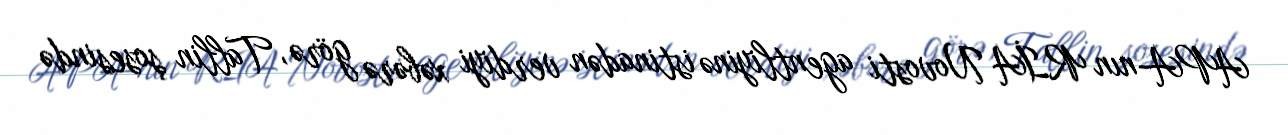
APA-nın RİA Novosti agentliyinə istinadən verdiyi xəbərə görə, Tallin şosesində